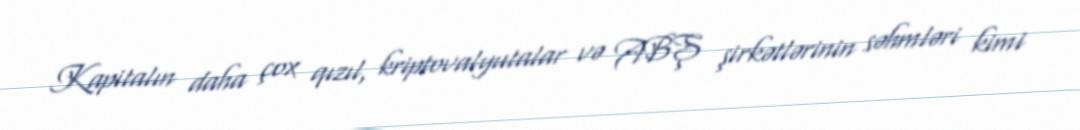
Kapitalın daha çox qızıl, kriptovalyutalar və ABŞ şirkətlərinin səhmləri kimi